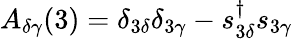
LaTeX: A_{\delta\gamma}(3)=\delta_{3\delta}\delta_{3\gamma}-s_{3\delta}^{\dagger}s_{3\gamma}